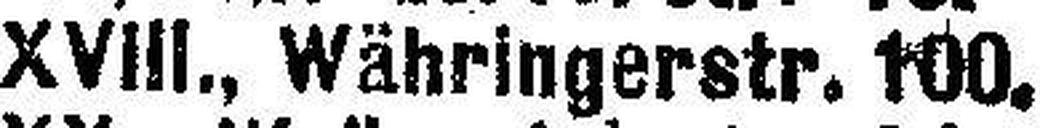
XVIII., Währingerstr. 100.